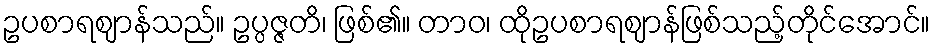
ဥပစာရဈာန်သည်။ ဥပ္ပဇ္ဇတိ၊ ဖြစ်၏။ တာဝ၊ ထိုဥပစာရဈာန်ဖြစ်သည့်တိုင်အောင်။